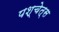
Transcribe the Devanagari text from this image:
पश्चेत्स